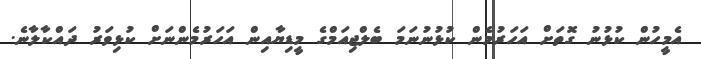
އެމީހުން ކުޅުނު ގޮތަށް އަހަރުމެން ކުޅުނުނަމަ ބެލްޖިއަމްގެ މީޑިޔާއިން އަހަރުމެންނަށް ކުޅިވަރު ދައްކާލާނެ.